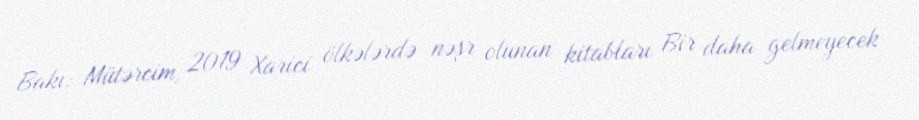
Bakı: Mütərcim, 2019 Xarici ölkələrdə nəşr olunan kitabları Bir daha gelmeyecek